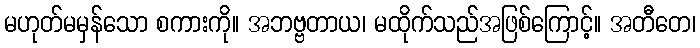
မဟုတ်မမှန်သော စကားကို။ အဘဗ္ဗတာယ၊ မထိုက်သည်အဖြစ်ကြောင့်။ အတီတေ၊